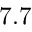
7 . 7